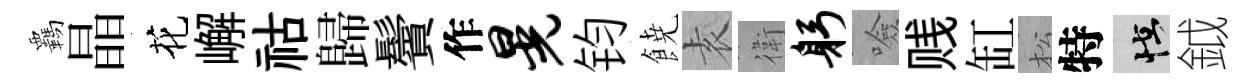
覊晶花嶰祜歸鬢作晃钧𩜙𡊮衛躬噞贱缸松特怪鉞